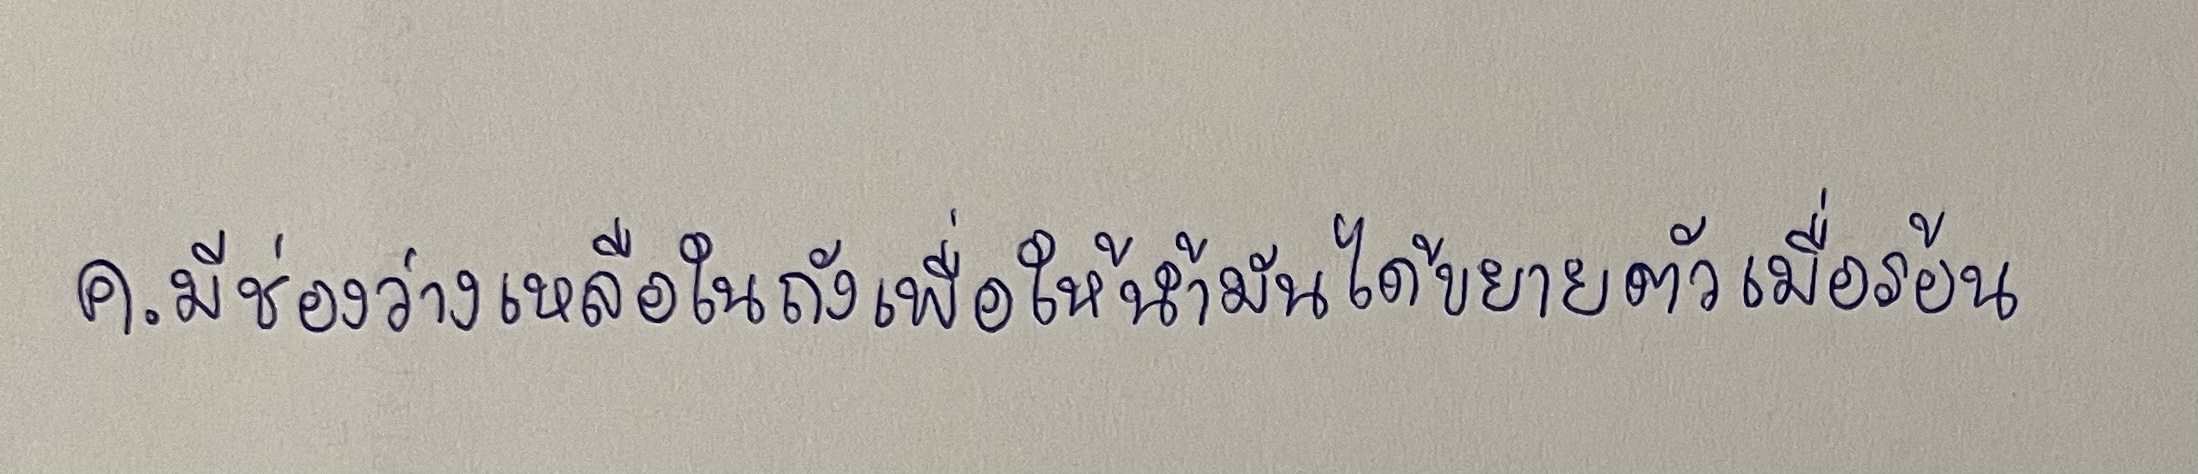
ค.มีช่องว่างเหลือในถังเพื่อให้น้ำมันได้ขยายตัวเมื่อร้อน